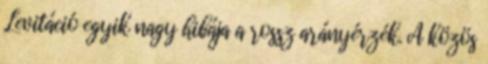
Levitáció egyik nagy hibája a rossz arányérzék. A közös